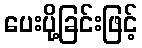
ပေးပို့ခြင်းဖြင့်